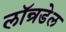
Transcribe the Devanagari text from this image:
लॉन्रडेल